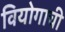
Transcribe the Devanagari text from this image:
वियोगाची